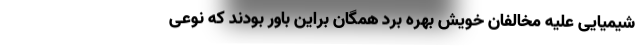
شیمیایی علیه مخالفان خویش بهره برد همگان براین باور بودند که نوعی